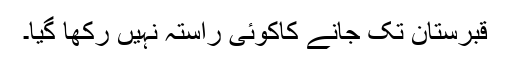
قبرستان تک جانے کاکوئی راستہ نہیں رکھا گیا۔